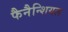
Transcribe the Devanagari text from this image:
फैनैन्शियल